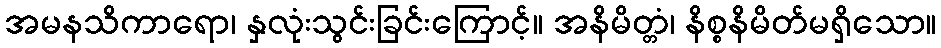
အမနသိကာရော၊ နှလုံးသွင်းခြင်းကြောင့်။ အနိမိတ္တံ၊ နိစ္စနိမိတ်မရှိသော။